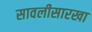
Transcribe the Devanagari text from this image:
सावलीसारखा